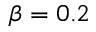
\beta = 0 . 2